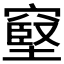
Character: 𥧬